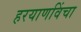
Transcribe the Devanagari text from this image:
हरयाणविंचा